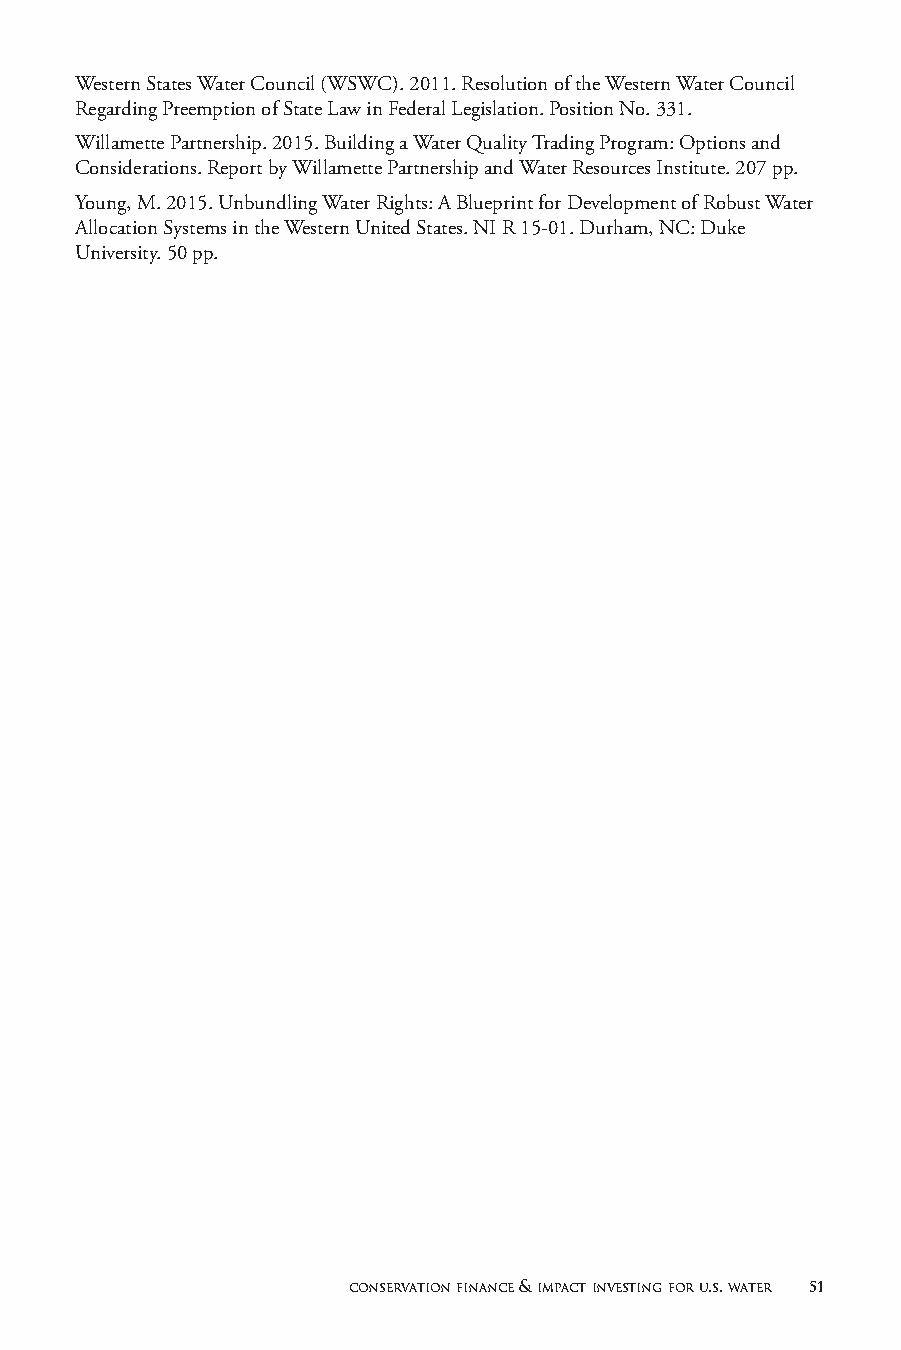
Western States Water Council (WSWC). 2011. Resolution of the Western Water Council
 Regarding Preemption of State Law in Federal Legislation. Position No. 331.
 Willamette Partnership. 2015. Building a Water Quality Trading Program: Options and
 Considerations. Report by Willamette Partnership and Water Resources Institute. 207 pp.
 Young, M. 2015. Unbundling Water Rights: A Blueprint for Development of Robust Water
 Allocation Systems in the Western United States. NI R 15-01. Durham, NC: Duke
 University. 50 pp.
 conservation finance & impact investing for u.s. water 51